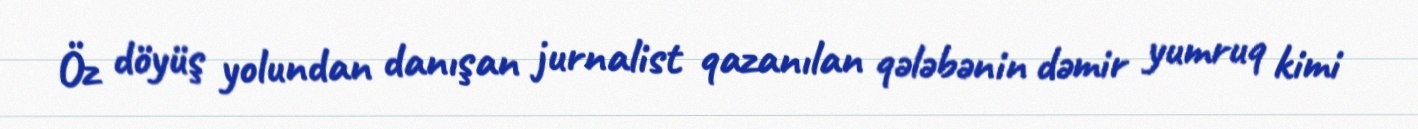
Öz döyüş yolundan danışan jurnalist qazanılan qələbənin dəmir yumruq kimi